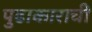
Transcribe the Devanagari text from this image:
पुढाकाराची